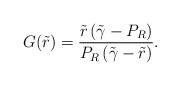
LaTeX: \begin{align*}G(\tilde{r}) = \frac{\tilde{r} \left( \tilde{\gamma} - P_R \right)}{P_R \left( \tilde{\gamma} - \tilde{r} \right)}.\end{align*}